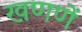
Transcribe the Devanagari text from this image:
खणणें